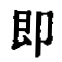
即